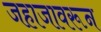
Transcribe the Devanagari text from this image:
जहाजावरून